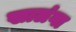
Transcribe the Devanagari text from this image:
खालंगा